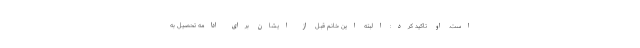
است. او تاکید کرد: البته این خانم قبل از ایشان برای ادامه تحصیل به